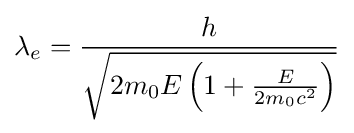
\lambda _{e}={\frac {h}{\sqrt {2m_{0}E\left(1+{\frac {E}{2m_{0}c^{2}}}\right)}}}